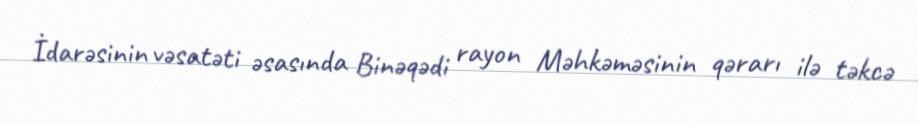
İdarəsinin vəsatəti əsasında Binəqədi rayon Məhkəməsinin qərarı ilə təkcə